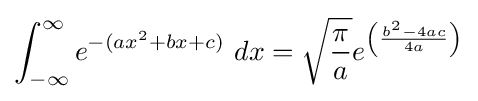
\int _{-\infty }^{\infty }e^{-(ax^{2}+bx+c)}\ dx={\sqrt {\frac {\pi }{a}}}e^{\left({\frac {b^{2}-4ac}{4a}}\right)}